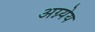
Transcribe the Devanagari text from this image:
अग्न्येय